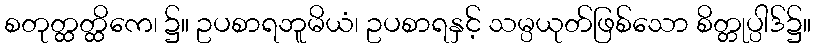
စတုတ္ထတ္ထိကေ၊ ၌။ ဥပစာရဘူမိယံ၊ ဥပစာရနှင့် သမ္ပယုတ်ဖြစ်သော စိတ္တုပ္ပါဒ်၌။